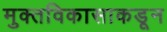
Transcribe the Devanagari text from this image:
मुक्तविकासाकडून